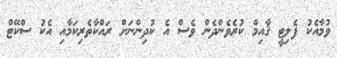
ވުމާއެކު ފެލިޓީ ޤާއިމް ކުރެވެންދެން ވެސް އެ ކުދިންނަށް ރައްކާތެރިކަމާއި އެކު ސްކޭޓް